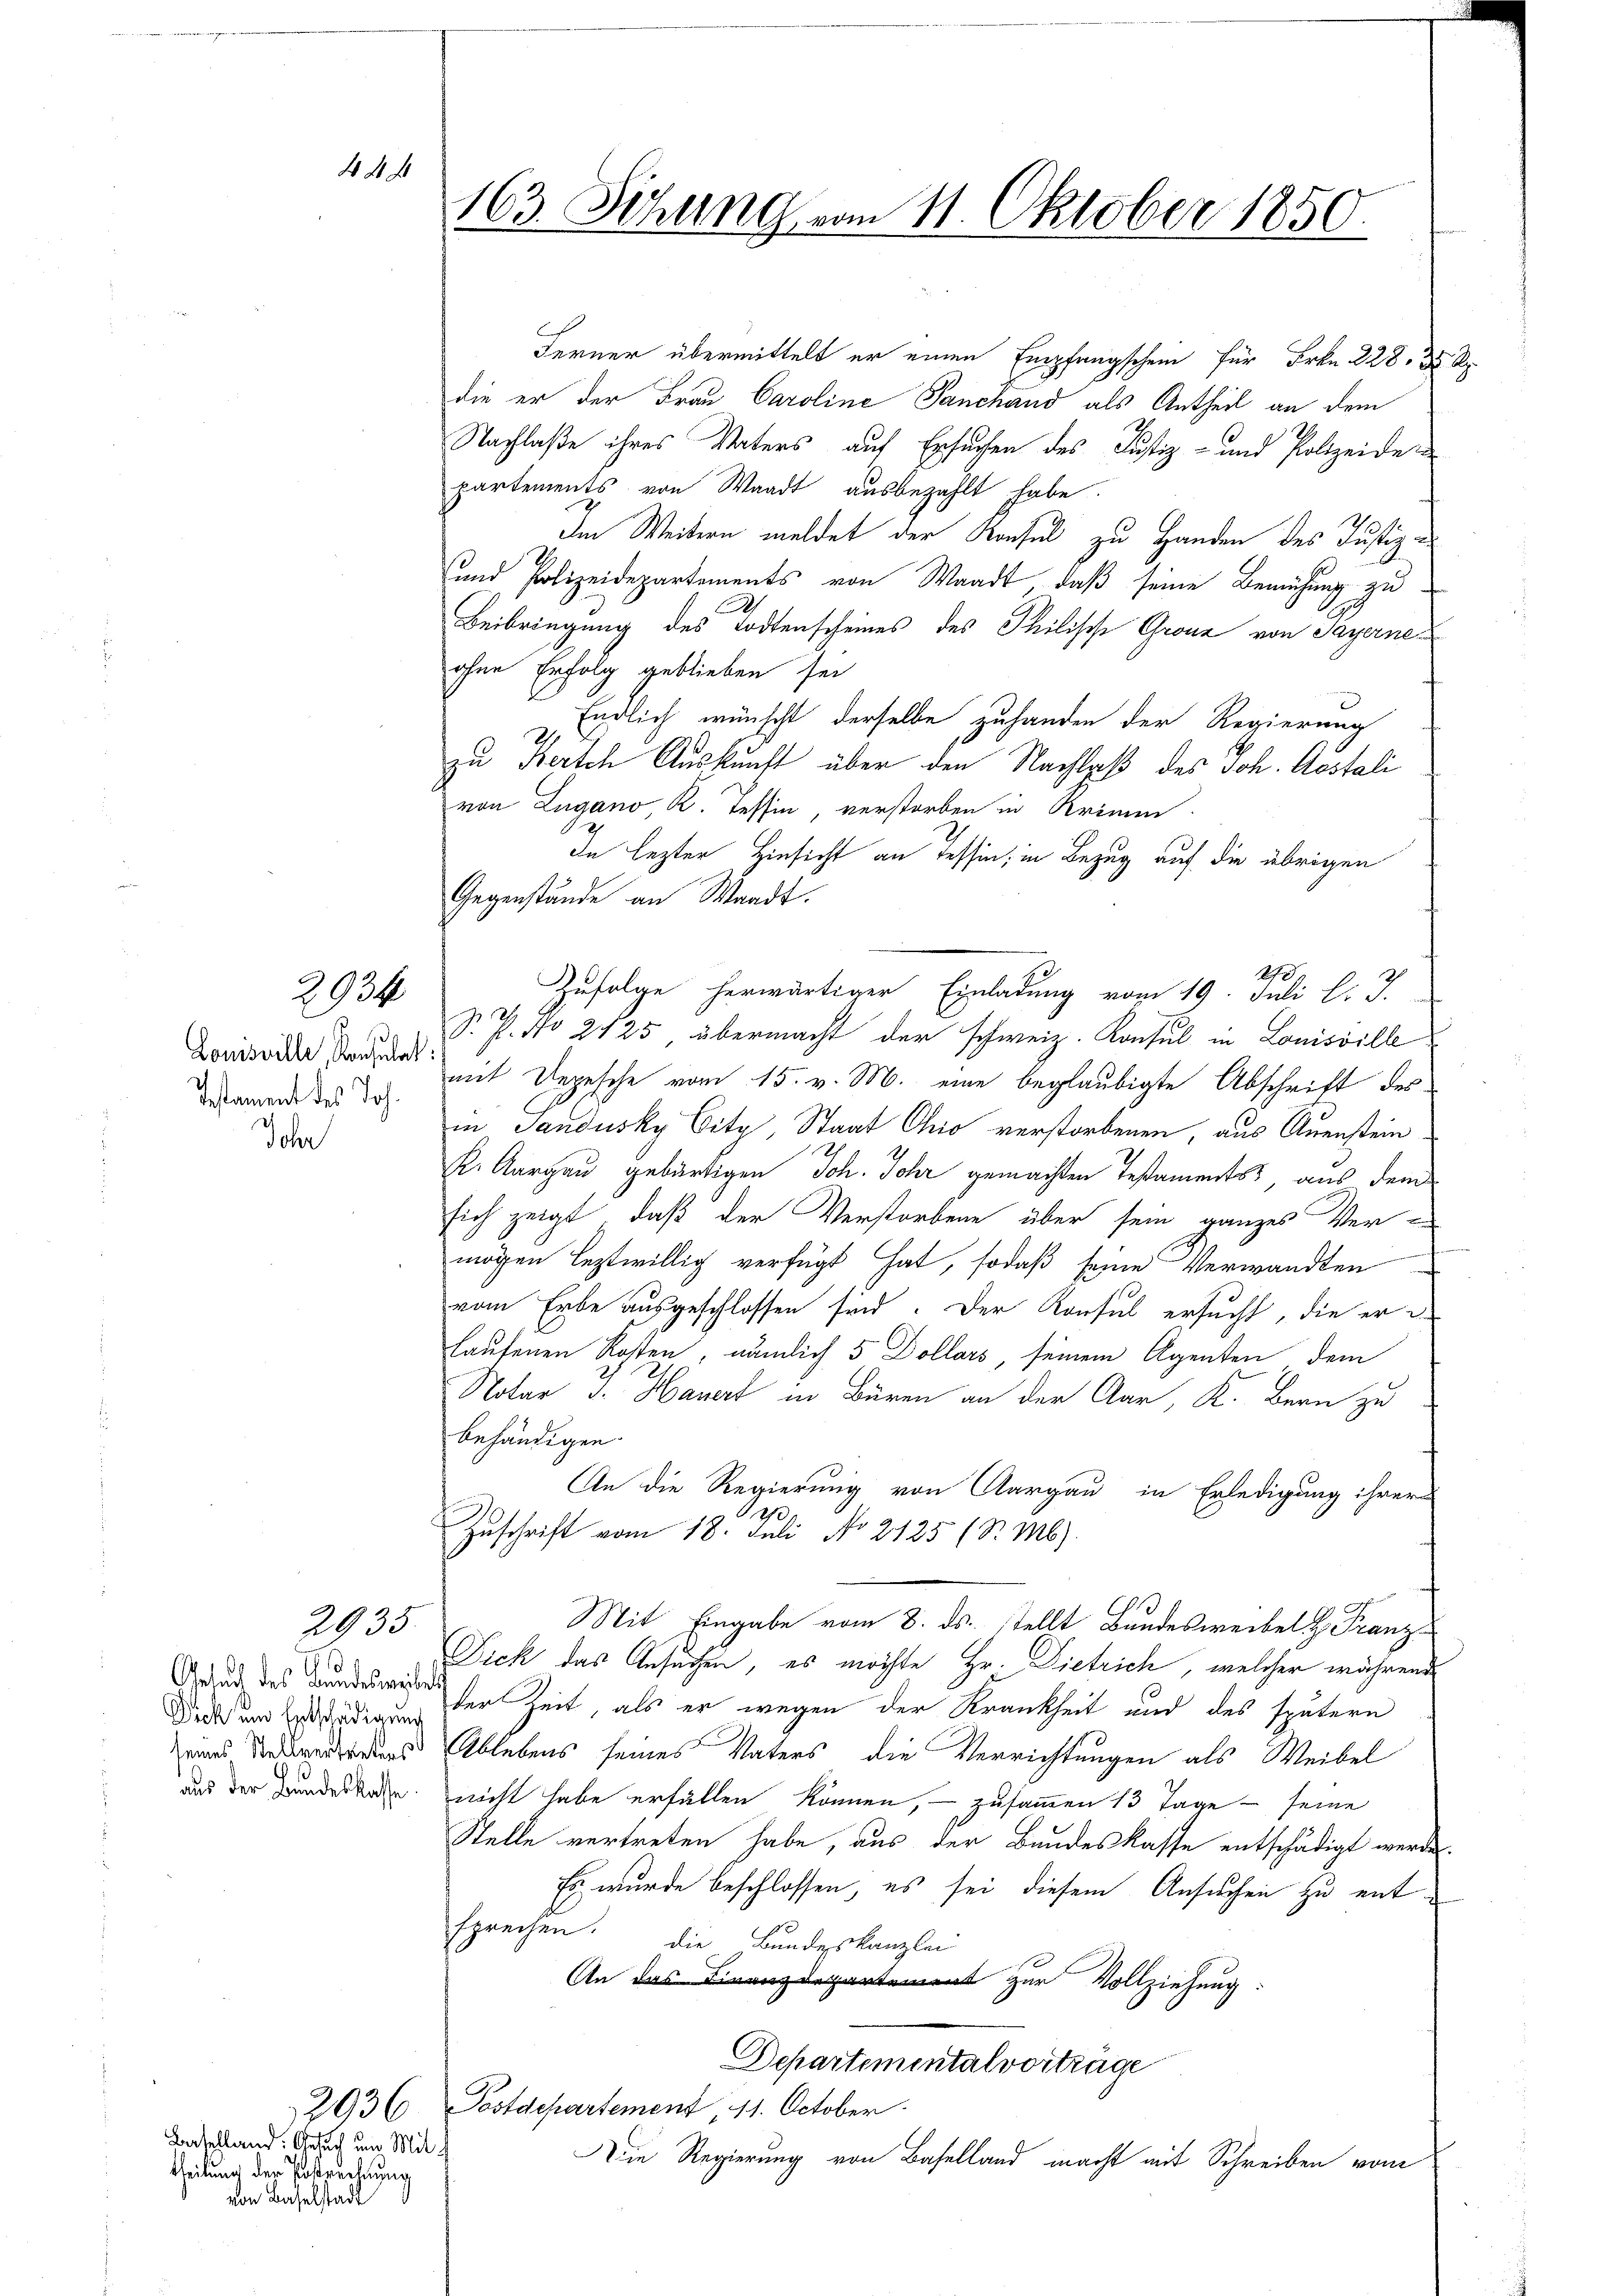
163. Sitzung vom 11. Oktober 1850.

4

Ferner übermittelt er einen Empfangschein für Frkn. 228 d
die er der Frau Caroline Panchand als Antheil an dem
Nachlaße ihres Vaters auf Ersuchen des Justiz- und Polizeiden
partements von Waadt ausbezahlt habe.
Im Weitern meldet der Konsul zu Handen des Justiz-
und Polizeidepartements von Waadt, daß seine Bemühung zu¬
Beibringung des Todtenscheines des Philische Grenz von Payerne
ohne Erfolg geblieben sei
Endlich wünscht derselbe zuhanden der Regierung
zu Forch Auskunft über den Nachlaß des Joh. Aostali
von Lugano, R. Tessin, verstorben in Krimin
In lezter Hinsicht an Tessin, in Bezug auf die übrigen
Gegenstände an Waadt.
17
Zufolge herwärtiger Einladung vom 19. Juli l. J.
S. P. No 2125, übermacht der schweiz. Konsul in Louisville
mit Depesche vom 15. v. M. eine beglaubigte Abschrift des
in Sandusky Citz, Staat Chio verstorbenen, aus Auenstein
E. Aargau gebürtigen Joh. Johr gemachten Testaments, aus dem
sich zeigt, daß der Verstorbene über sein ganzes Ver-
mögen leztwillig verfügt hat, sodaß seine Verwandten
vom Erbe ausgeschlossen sind. Der Konsul ersucht, die er d
haufenen Kosten, nämlich 5 Dollars, seinem Agenten dem
Notar J. Hauert in Büren an der Aar, K. Bern zu
behändigen.
An die Regierung von Aargau in Erledigung ihrer
20.
Zuschrift vom 18. Juli No 2125 (S. Mb).
Mit Eingabe vom 8. ds. stellt Bundesweibel & Franz¬
Dick das Ansuchen, es möchte Hr. Dietrich, welcher während
Dick und Entschädigen der Zeit, als er wegen der Krankheit und des spätern
wird des Ablebens seines Vaters, die Verrichtungen als Weibel
aus der Bundestage nicht habe erfällen können, – zusammen 13 Tage – seine
Stelle vertreten habe, aus der Bundeskasse entschädigt werde.
Es wurde beschlossen, es sei diesem Ansuchen zu entsprechen. Die Bundeskanzlei
An das Finanzdepartement zur Vollziehung:
Departementalvorträge
293 ( Postdepartement 11. October.
Die Regierung von Baselland macht mit Schreiben vom

.

2934

Louisville, Konsulat
Testament des Joh.
ohr

2935.

1
Gesuch des Bandesmeibels

Batelland: Gesuch um Mittheilung der Postrechnung
von Baselstadt